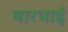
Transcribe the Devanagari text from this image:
बारभाई